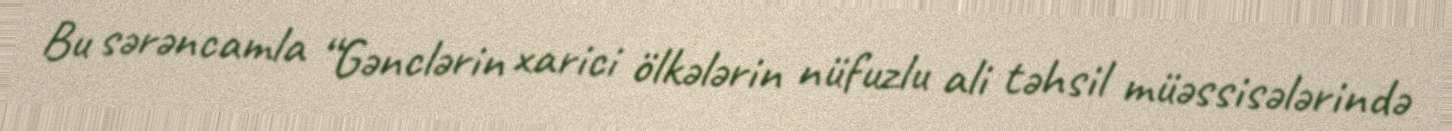
Bu sərəncamla “Gənclərin xarici ölkələrin nüfuzlu ali təhsil müəssisələrində